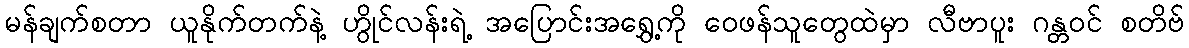
မန်ချက်စတာ ယူနိုက်တက်နဲ့ ဟွိုင်လန်းရဲ့ အပြောင်းအရွှေ့ကို ဝေဖန်သူတွေထဲမှာ လီဗာပူး ဂန္တဝင် စတိဗ်